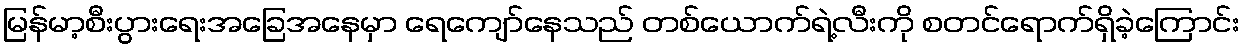
မြန်မာ့စီးပွားရေးအခြေအနေမှာ ရေကျော်နေသည် တစ်ယောက်ရဲ့လီးကို စတင်ရောက်ရှိခဲ့ကြောင်း